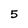
Character: 5